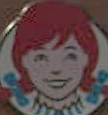
)